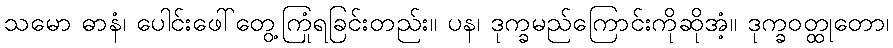
သမော ဓာနံ၊ ပေါင်းဖေါ်တွေ့ကြုံရခြင်းတည်း။ ပန၊ ဒုက္ခမည်ကြောင်းကိုဆိုအံ့။ ဒုက္ခဝတ္ထုတော၊